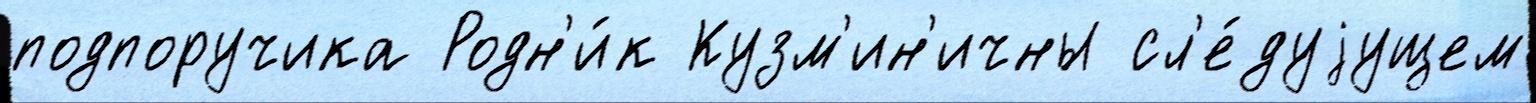
подпоручика Родн'и́к Кузм'ин'ичны сл'е́дуjущем